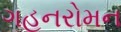
ગહનરોમન